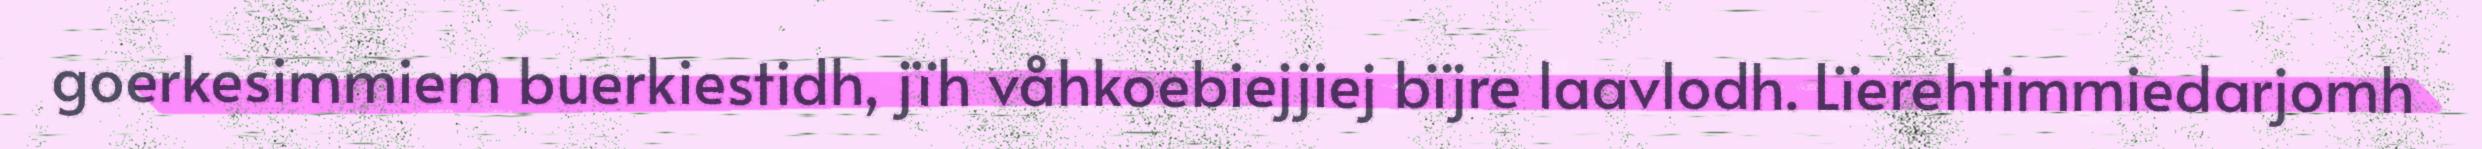
goerkesimmiem buerkiestidh, jïh våhkoebiejjiej bïjre laavlodh. Lïerehtimmiedarjomh